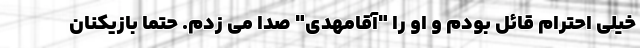
خیلی احترام قائل بودم و او را "آقامهدی" صدا می زدم. حتما بازیکنان